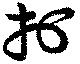
於